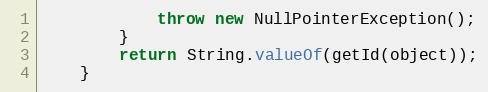
Language: Java
			throw new NullPointerException();
		}
		return String.valueOf(getId(object));
	}